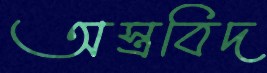
অস্ত্রবিদ